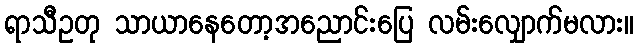
ရာသီဥတု သာယာနေတော့အညောင်းပြေ လမ်းလျှောက်မလား။